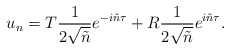
\begin{align*}u_n= T \frac{1}{2\sqrt{ \tilde{n}}} e^{-i\tilde{n}\tau} + R\frac{1}{2\sqrt{ \tilde{n}}}e^{i\tilde{n}\tau}.\end{align*}